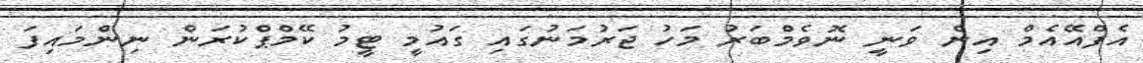
އެފްއޭއެމް އިން ވަނީ ނޮވެމްބަރު މަހު ޖަރުމަނުގައި ގައުމީ ޓީމު ކޭމްޕްކުރަން ނިންމައިފަ